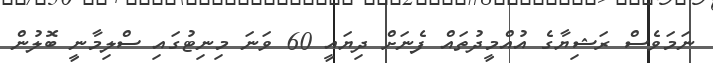
ނަމަވެސް ރަޝިޔާގެ އުއްމީދުތައް ފެނަށް ދިޔައީ 60 ވަނަ މިނިޓުގައި ސްލިމާނީ ބޮލުން